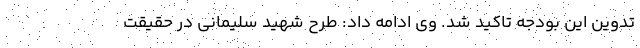
تدوین این بودجه تاکید شد. وی ادامه داد: طرح شهید سلیمانی در حقیقت